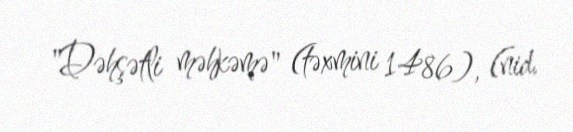
"Dəhşətli məhkəmə" (təxmini 1486), (nid.